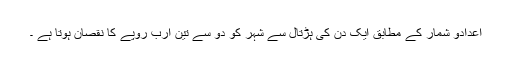
اعدادو شمار کے مطابق ایک دن کی ہڑتال سے شہر کو دو سے تین ارب روپے کا نقصان ہوتا ہے ۔